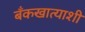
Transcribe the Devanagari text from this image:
बँकखात्याशी